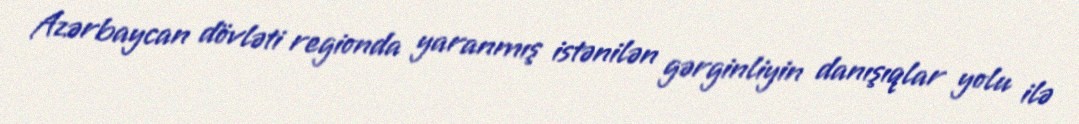
Azərbaycan dövləti regionda yaranmış istənilən gərginliyin danışıqlar yolu ilə